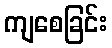
ကျစေခြင်း